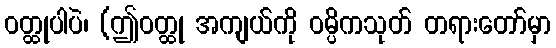
ဝတ္ထုပါပဲ၊ (ဤဝတ္ထု အကျယ်ကို ဝမ္ပိကသုတ် တရားတော်မှာ